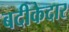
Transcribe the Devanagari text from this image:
बदीकेदार